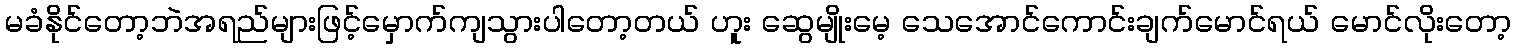
မခံနိုင်တော့ဘဲအရည်များဖြင့်မှောက်ကျသွားပါတော့တယ် ဟူး ဆွေမျိုးမေ့ သေအောင်ကောင်းချက်မောင်ရယ် မောင်လိုးတော့